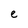
Character: e